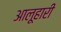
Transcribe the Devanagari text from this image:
आलूहारी